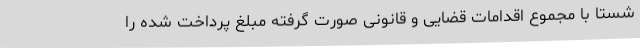
شستا با مجموع اقدامات قضایی و قانونی صورت گرفته مبلغ پرداخت شده را